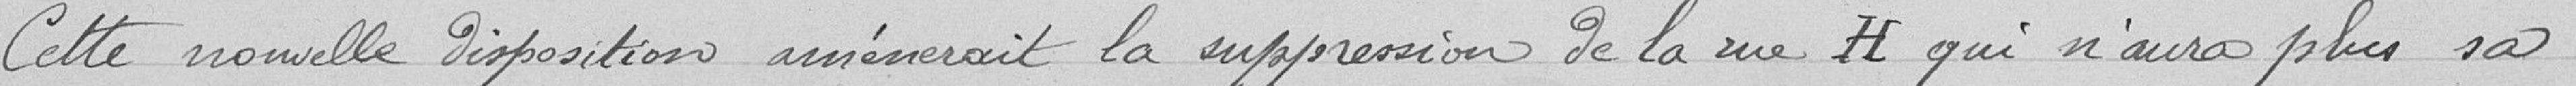
Cette nouvelle disposition amènerait la rue H qui n'aura plus sa